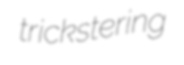
trickstering